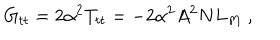
LaTeX: G _ { t t } = 2 \alpha ^ { 2 } T _ { t t } = - 2 \alpha ^ { 2 } A ^ { 2 } N L _ { M } \ ,